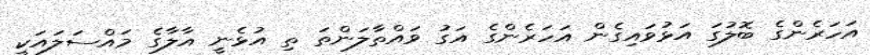
އަހަރެންގެ ބޮލުގަ އަޅުވައިގެން އަހަރެންގެ އަގު ވައްތާލަންތަ ތި އުޅެނީ އާލާގެ މައްސަލައަކީ